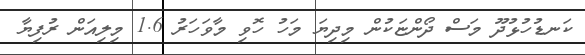
ކަނޑުހުޅުދޫ މަސް ދޯންޏަކުން މިދިޔަ މަހު ހޮވި މާވަހަރު 1.6 މިލިއަން ރުފިޔާ